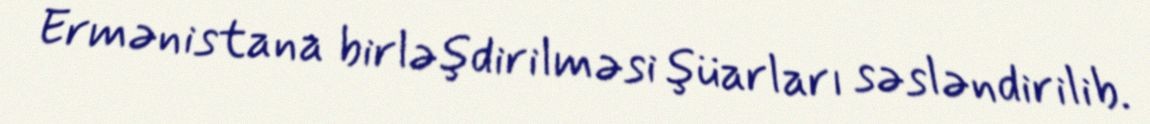
Ermənistana birləşdirilməsi şüarları səsləndirilib.